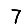
Digit: 7